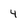
Character: 4